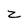
Character: z